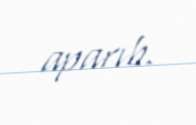
aparıb.